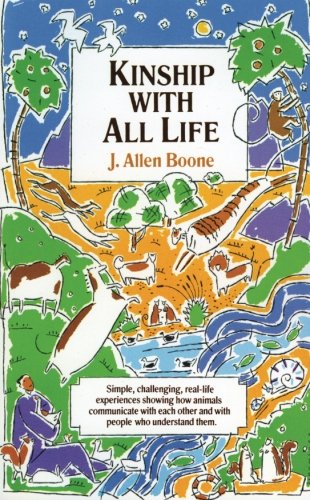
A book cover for Kinship with All Life; J. Allen Boone; Science & Math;